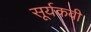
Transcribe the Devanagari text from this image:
सूर्यकवी